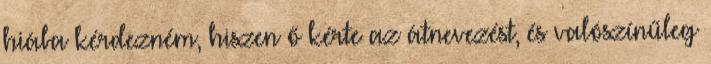
hiába kérdezném, hiszen ő kérte az átnevezést, és valószínűleg